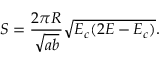
S = \frac { 2 \pi R } { \sqrt { a b } } \sqrt { E _ { c } ( 2 E - E _ { c } ) } .